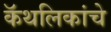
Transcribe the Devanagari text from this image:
कॅथलिकांचे